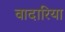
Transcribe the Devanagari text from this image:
वादारिया